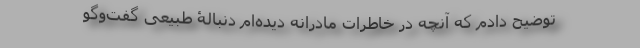
توضیح دادم که آنچه در خاطرات مادرانه دیده‌ام دنبالۀ طبیعی گفت‌وگو